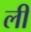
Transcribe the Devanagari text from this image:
ली